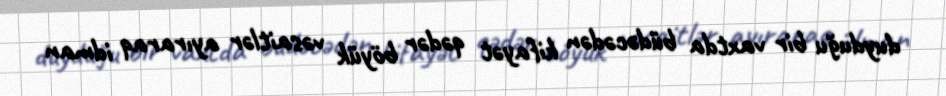
duyduğu bir vaxtda büdəcədən kifayət qədər böyük vəsaitlər ayıraraq idman